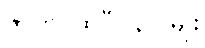
ဇာတပထဝီ (၃) မျိုး